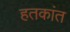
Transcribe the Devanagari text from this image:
हतकांत